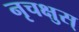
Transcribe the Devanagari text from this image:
नृचक्षुस्